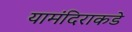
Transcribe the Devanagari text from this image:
यामंदिराकडे